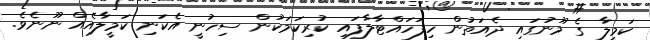
ކަމީލާ ގެ މޫނުގައި ދެއަތުން ހިފަހައްޓާލާފައި ކުރިކަމަކުން ސިހުނީ އެކަނި ކަމީލާއެއް ނޫނެވެ.